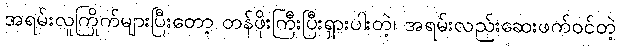
အရမ်းလူကြိုက်များပြီးတော့ တန်ဖိုးကြီးပြီးရှားပါးတဲ့၊ အရမ်းလည်းဆေးဖက်ဝင်တဲ့